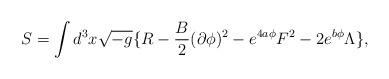
LaTeX: \begin{align*}S=\int d^3x\sqrt{-g}\{R-{B\over2}(\partial\phi)^2-e^{4a\phi}F^2-2e^{b\phi}\Lambda\},\end{align*}